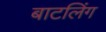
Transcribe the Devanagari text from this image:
बाटलिंग